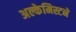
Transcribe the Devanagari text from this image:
अल्केमिस्टने